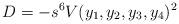
LaTeX: \begin{align*}D=-s^6 V(y_1,y_2,y_3,y_4)^2 \end{align*}